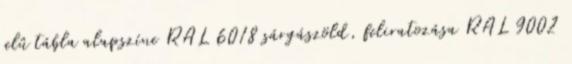
jelû tábla alapszíne RAL 6018 sárgászöld, feliratozása RAL 9002